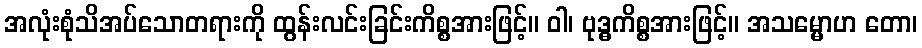
အလုံးစုံသိအပ်သောတရားကို ထွန်းလင်းခြင်းကိစ္စအားဖြင့်။ ဝါ၊ ဗုဒ္ဓကိစ္စအားဖြင့်။ အသမ္မောဟ တော၊